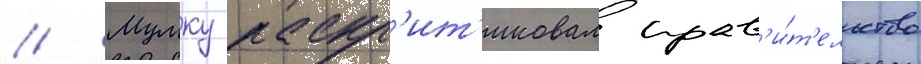
// Мумку раскр'ит'иковал прав'и́т'ельство